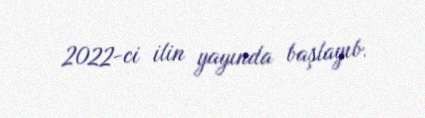
2022-ci ilin yayında başlayıb.